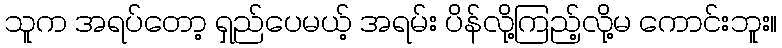
သူက အရပ်တော့ ရှည်ပေမယ့် အရမ်း ပိန်လို့ကြည့်လို့မ ကောင်းဘူး။